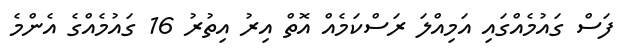
ފަސް ގައުމެއްގައި އަމިއްލަ ރަސްކަމެއް އޮތް އިރު އިތުރު 16 ގައުމެއްގެ އެންމެ